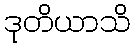
ဒုတိယာသိ